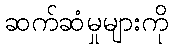
ဆက်ဆံမှုများကို